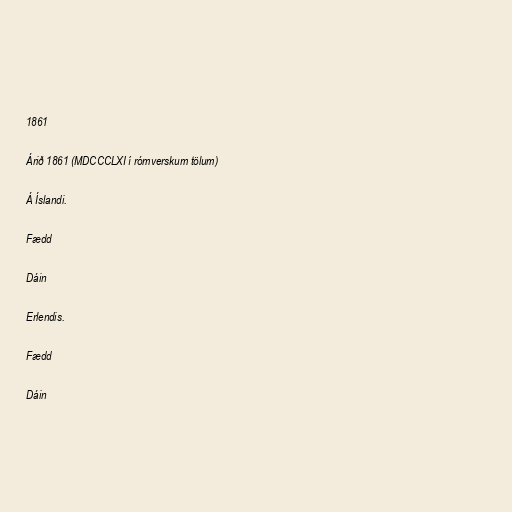
1861

Árið 1861 (MDCCCLXI í rómverskum tölum)

Á Íslandi.

Fædd

Dáin

Erlendis.

Fædd

Dáin